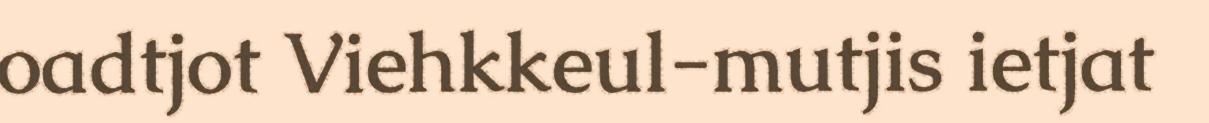
oadtjot Viehkkeul-mutjis ietjat